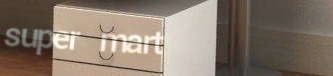
super mart